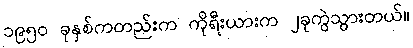
၁၉၅၀ ခုနှစ်ကတည်းက ကိုရီးယားက ၂ခုကွဲသွားတယ်။